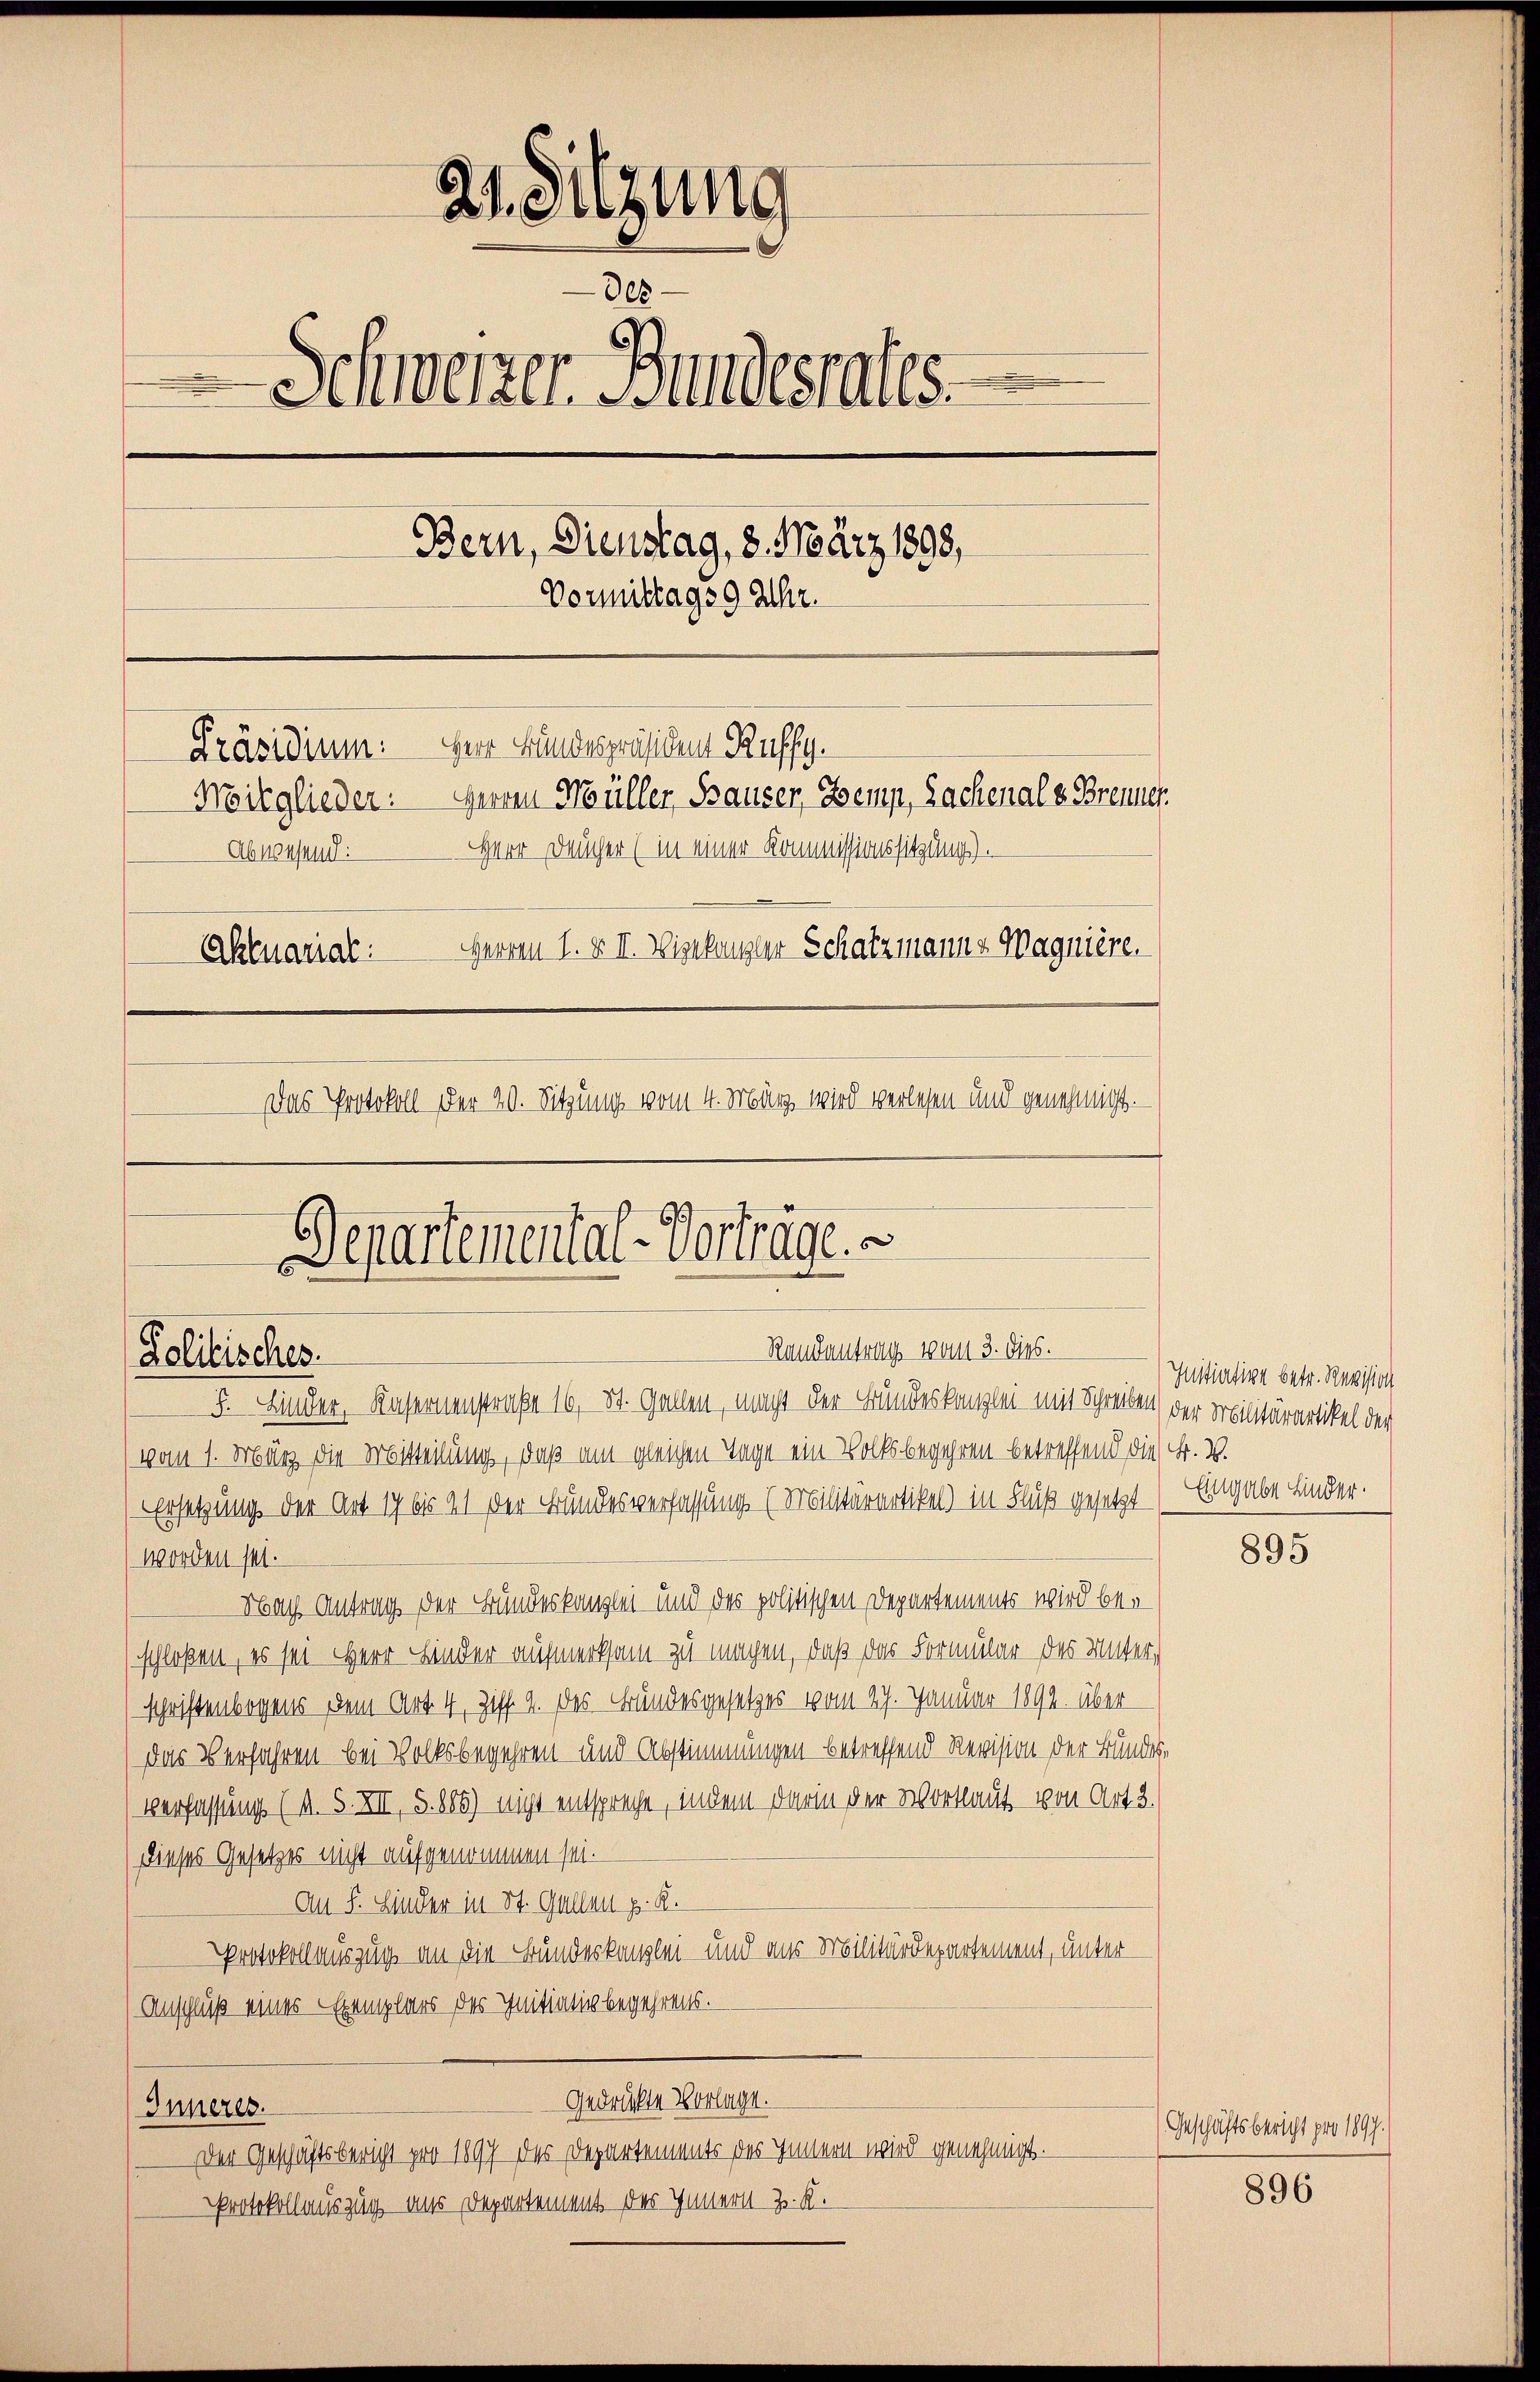
Politisches.

21. Sitzung
des
Schweizer undesrates.
Bern, Dienstag, 8. März 1898,
Vormittags 9 Uhr.
Präsidium. Herr Bundespräsiden Kuffy.
Herren Müller Sauser, Jeup, Sachenale Brenner
Mitglieder:
Herr Deucher (in einer Kommissionssitzung).
Abwesend:
Herren I. & II. Wielangler Schatzmanns Magnière.
Aktuarial:
Das Protokoll der 20. Sitzung vom 4. März wird verlesen und genehmigt.
Departemental-Vorträge.

vom 1. März die Mitteilung, daß am gleichen Tage ein Volksbegehren betreffend die Fr. W.
Ersetzung der Art 17 bis 21 der Bundesverfassung (Militärartikel) in Fluß gesetzt
worden sel.
Nach Antrag der Bundeskanzlei und des politischen Departements wird beschloßen, es sei Herr Linder aufmerksam zu machen, daß das Formular des Unterschriftenbogens dem Art. 4, Ziff. 4. des Bundesgesetzes vom 27. Januar 1892. über
das Verfahren bei Volksbegehren und Abstimmungen betreffend Revision der Bundes-
Verfassung (s. S. XII, S. 885) nicht entspreche, indem darin der Wortlaut von Art. 3.
dieses Gesetzes nicht aufgenommen sei.
An F. Hinder in St. Gallen p. K.
Protokollauszug an die Bundeskanzlei- und aus Militärdepartement, unter
Anschluß eines Exemplars des Initiativbegehrens.
gedruckte Vorlage.
Inneres.
Der Geschäftsbericht pro 1897 des Departements des Innern wird genehmigt.
Protokollauszug ans Departement des Innern z. R.

Randentrag vom 3. dies.
5. Kinder, Kasernenstraße 16, St. Gallen, macht der Bundeskanzlei mit Schreiben der Militärartikel der

Initiative betr. Revision
Eingabe Linder.

895

Geschäftsbericht pro 1897.

896